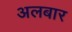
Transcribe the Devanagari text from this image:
अलबार